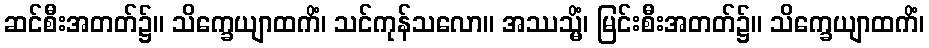
ဆင်စီးအတတ်၌။ သိက္ခေယျာထကိံ၊ သင်ကုန်သလော။ အဿသ္မိံ၊ မြင်းစီးအတတ်၌။ သိက္ခေယျာထကိံ၊